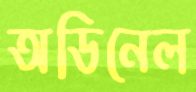
অডিনেল